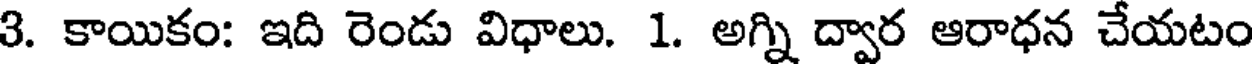
3. కాయికం: ఇది రెండు విధాలు. 1. అగ్ని ద్వార ఆరాధన చేయటం